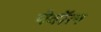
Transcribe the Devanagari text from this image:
पेवॉल